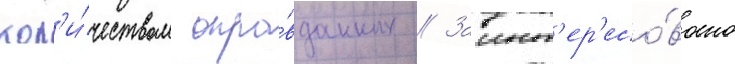
кол'и́чеством опра́вданных // Заинт'ер'есо́вано